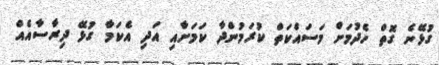
ގުޅޭނެ ގޮތް ހެދުމަށް މަސައްކަތް ކުރަމުންދާ ކަމަށާއި އަދި އެކަމާ ގުޅޭ ދިރާސާއެއް